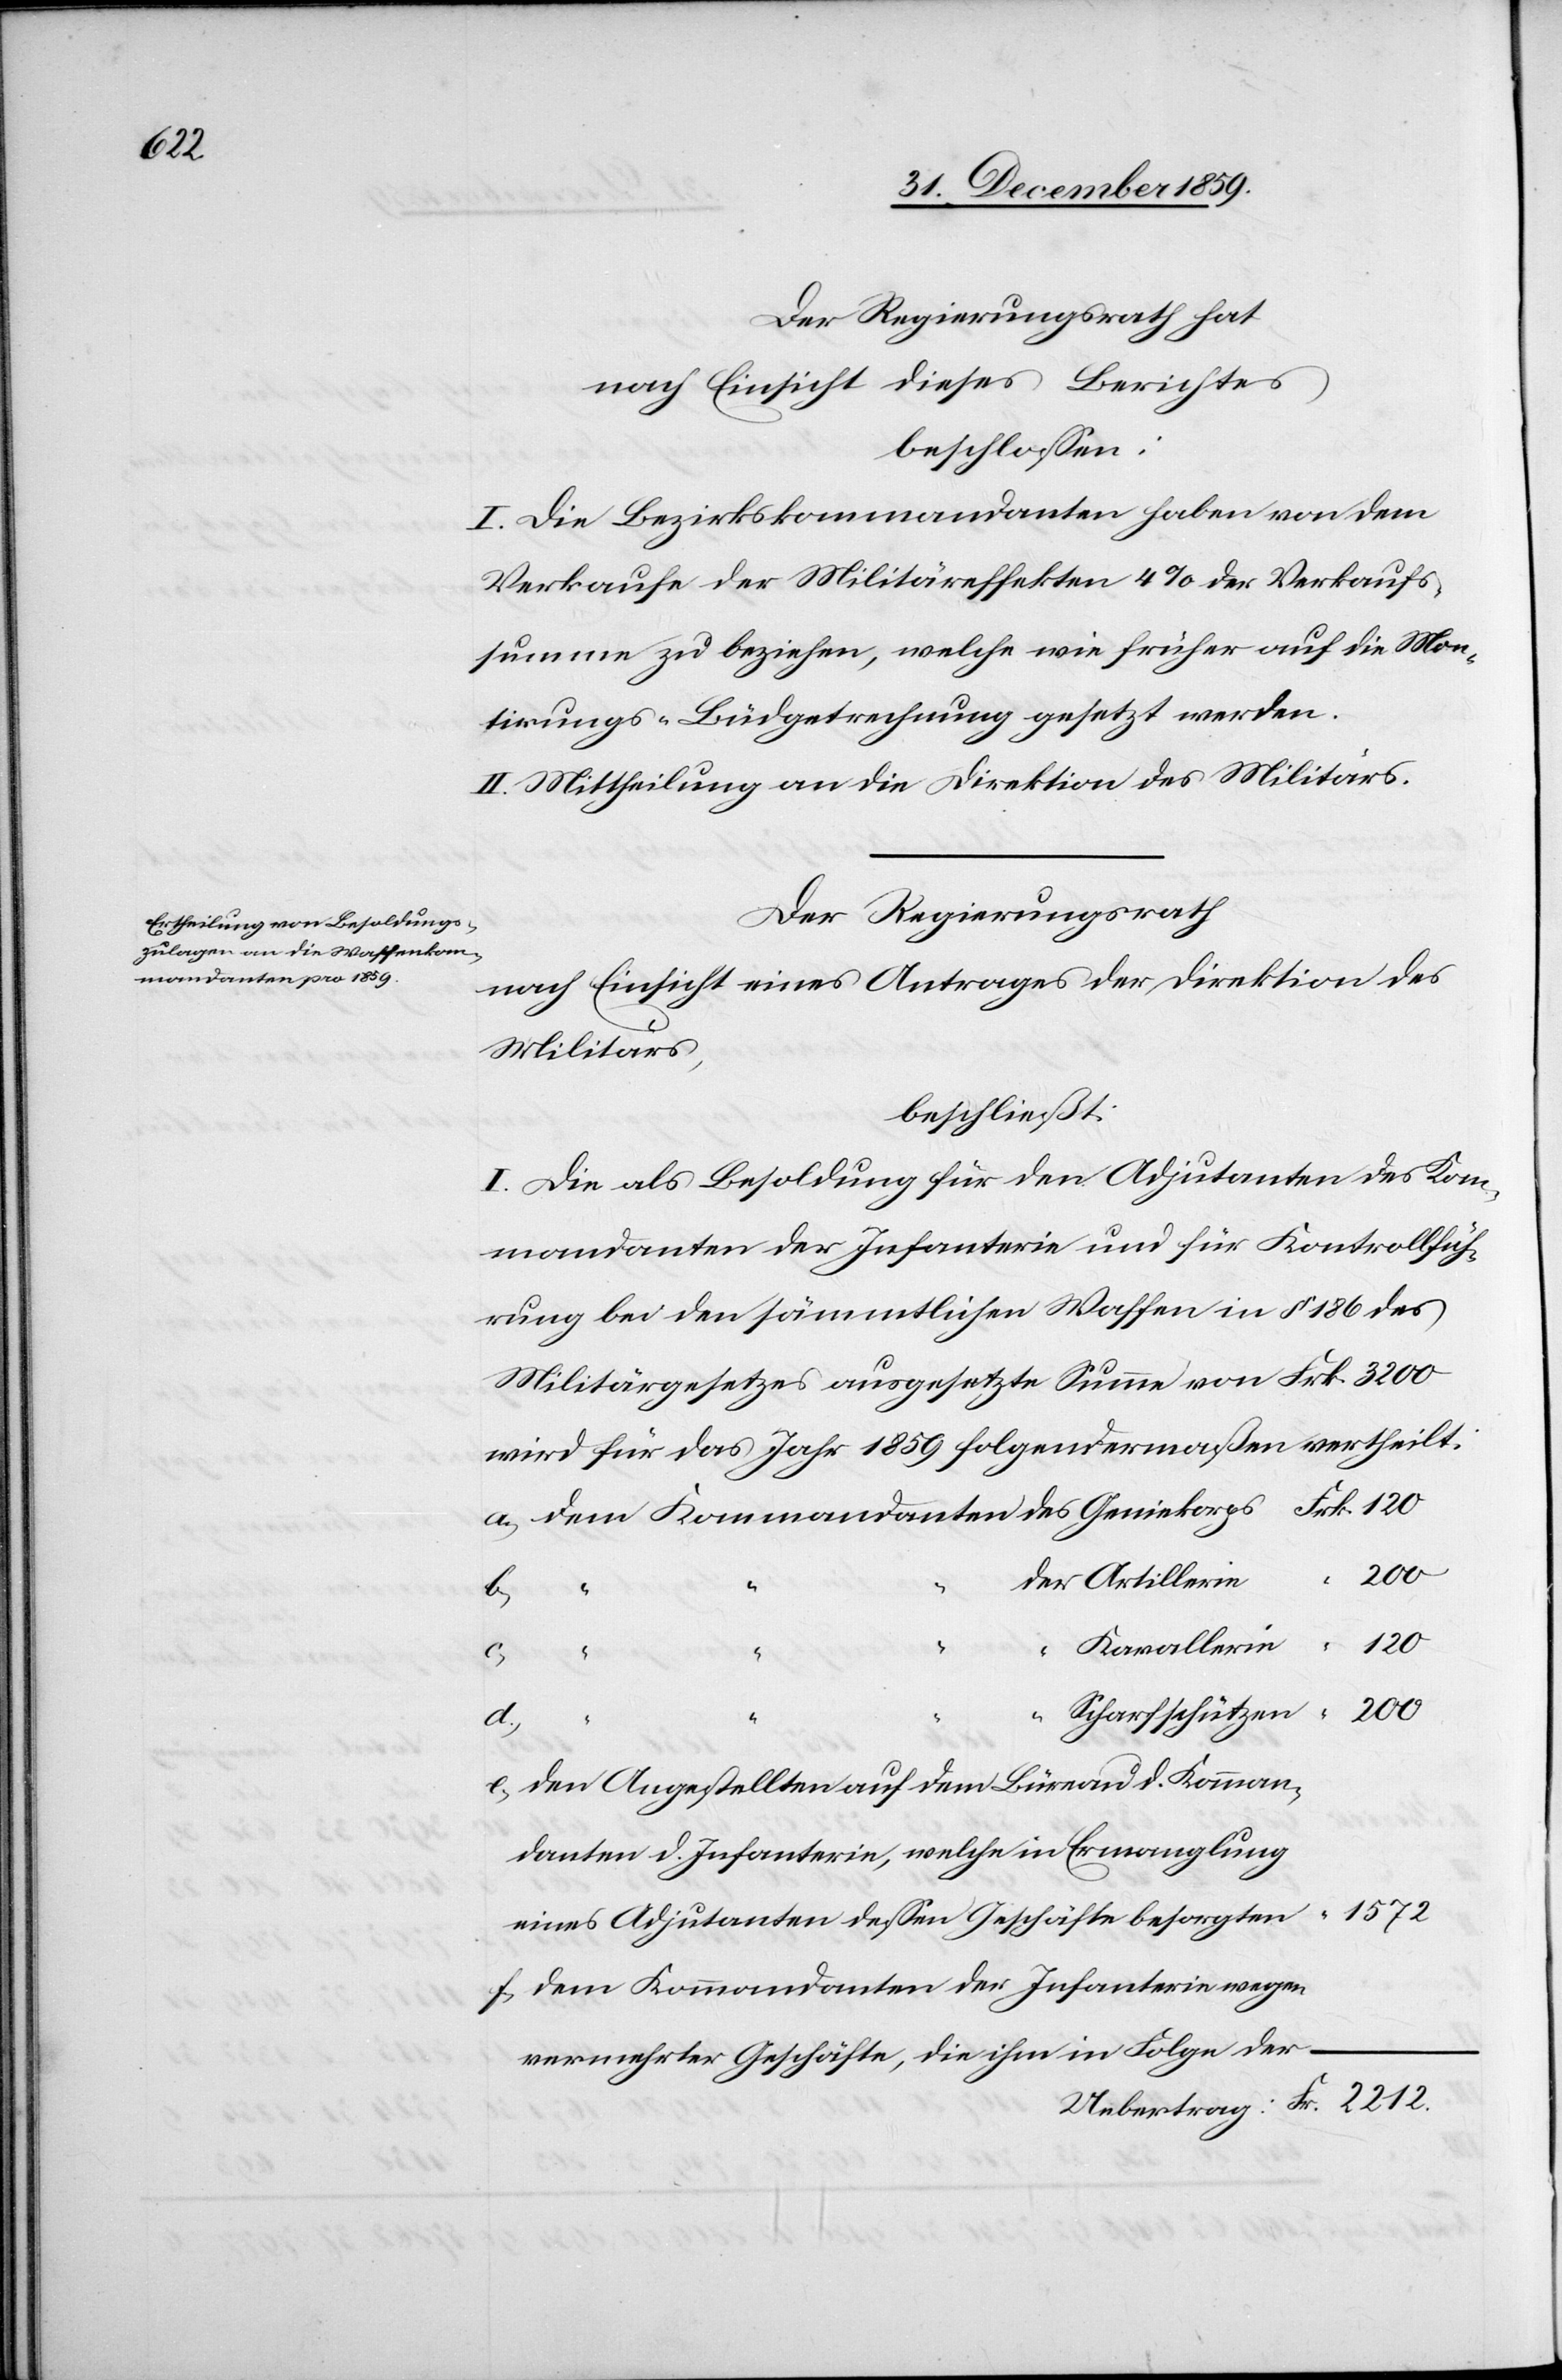
2212.

Der Regierungsrath hat
nach Einsicht dieses Berichtes
beschlossen:
I. Die Bezirkskommandanten haben von dem
Verkaufe der Militäreffekten 4% der Verkaufs¬
summe zu beziehen, welche wie früher auf die Mon¬
tirungs-Büdgetrechnung gesetzt werden.
II. Mittheilung an die Direktion des Militärs.
Der Regierungsrath
nach Einsicht eines Antrages der Direktion des
Militärs,
beschließt:
I. Die als Besoldung für den Adjutanten des Kom¬
mandanten der Infanterie und für Kontrollfüh¬
rung bei den sämmtlichen Waffen in § 186 des
Militärgesetzes ausgesetzte Summe von Frk. 3200
wird für das Jahr 1859 folgendermaßen vertheilt:
200
1572
Kavallerie
“
f.)
“
Scharfschützen
den Angestellten auf dem Büreau d. Komman¬
danten d. Infanterie, welche in Ermanglung
eines Adjutanten dessen Geschäfte besorgten
dem Kommandanten der Infanterie wegen
vermehrter Geschäfte, die ihm in Folge der